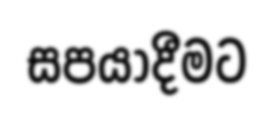
සපයාදීමට